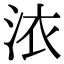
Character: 㳖